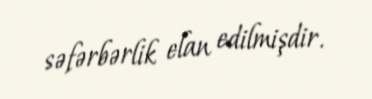
səfərbərlik elan edilmişdir.